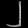
Digit: ၂